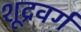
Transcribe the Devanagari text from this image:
शूद्रवर्ग